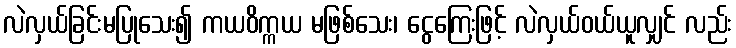
လဲလှယ်ခြင်းမပြုသေး၍ ကယဝိက္ကယ မဖြစ်သေး၊ ငွေကြေးဖြင့် လဲလှယ်ဝယ်ယူလျှင် လည်း